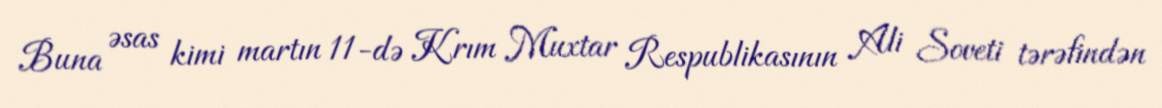
Buna əsas kimi martın 11-də Krım Muxtar Respublikasının Ali Soveti tərəfindən